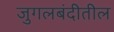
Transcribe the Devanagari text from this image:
जुगलबंदीतील